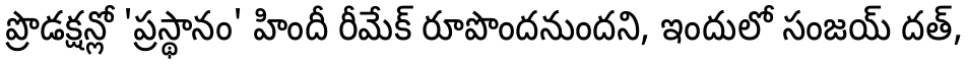
ప్రొడక్షన్లో 'ప్రస్థానం' హిందీ రీమేక్ రూపొందనుందని, ఇందులో సంజయ్ దత్,